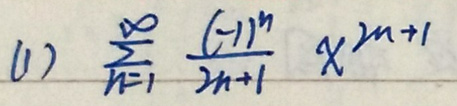
(1) $\sum_{n = 1}^{\infty}\frac{(-1)^n}{2n + 1}x^{2n+1}$